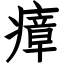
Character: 瘴